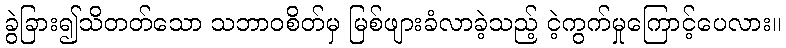
ခွဲခြား၍သိတတ်သော သဘာဝစိတ်မှ မြစ်ဖျားခံလာခဲ့သည့် ငဲ့ကွက်မှုကြောင့်ပေလား။